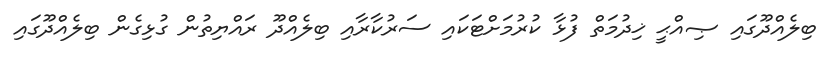
ބިލެއްދޫގައި ޞިއްޙީ ޚިދުމަތް ފުޅާ ކުރުމަށްޓަކައި ސަރުކާރާއި ބިލެއްދޫ ރައްޔިތުން ގުޅިގެން ބިލެއްދޫގައި